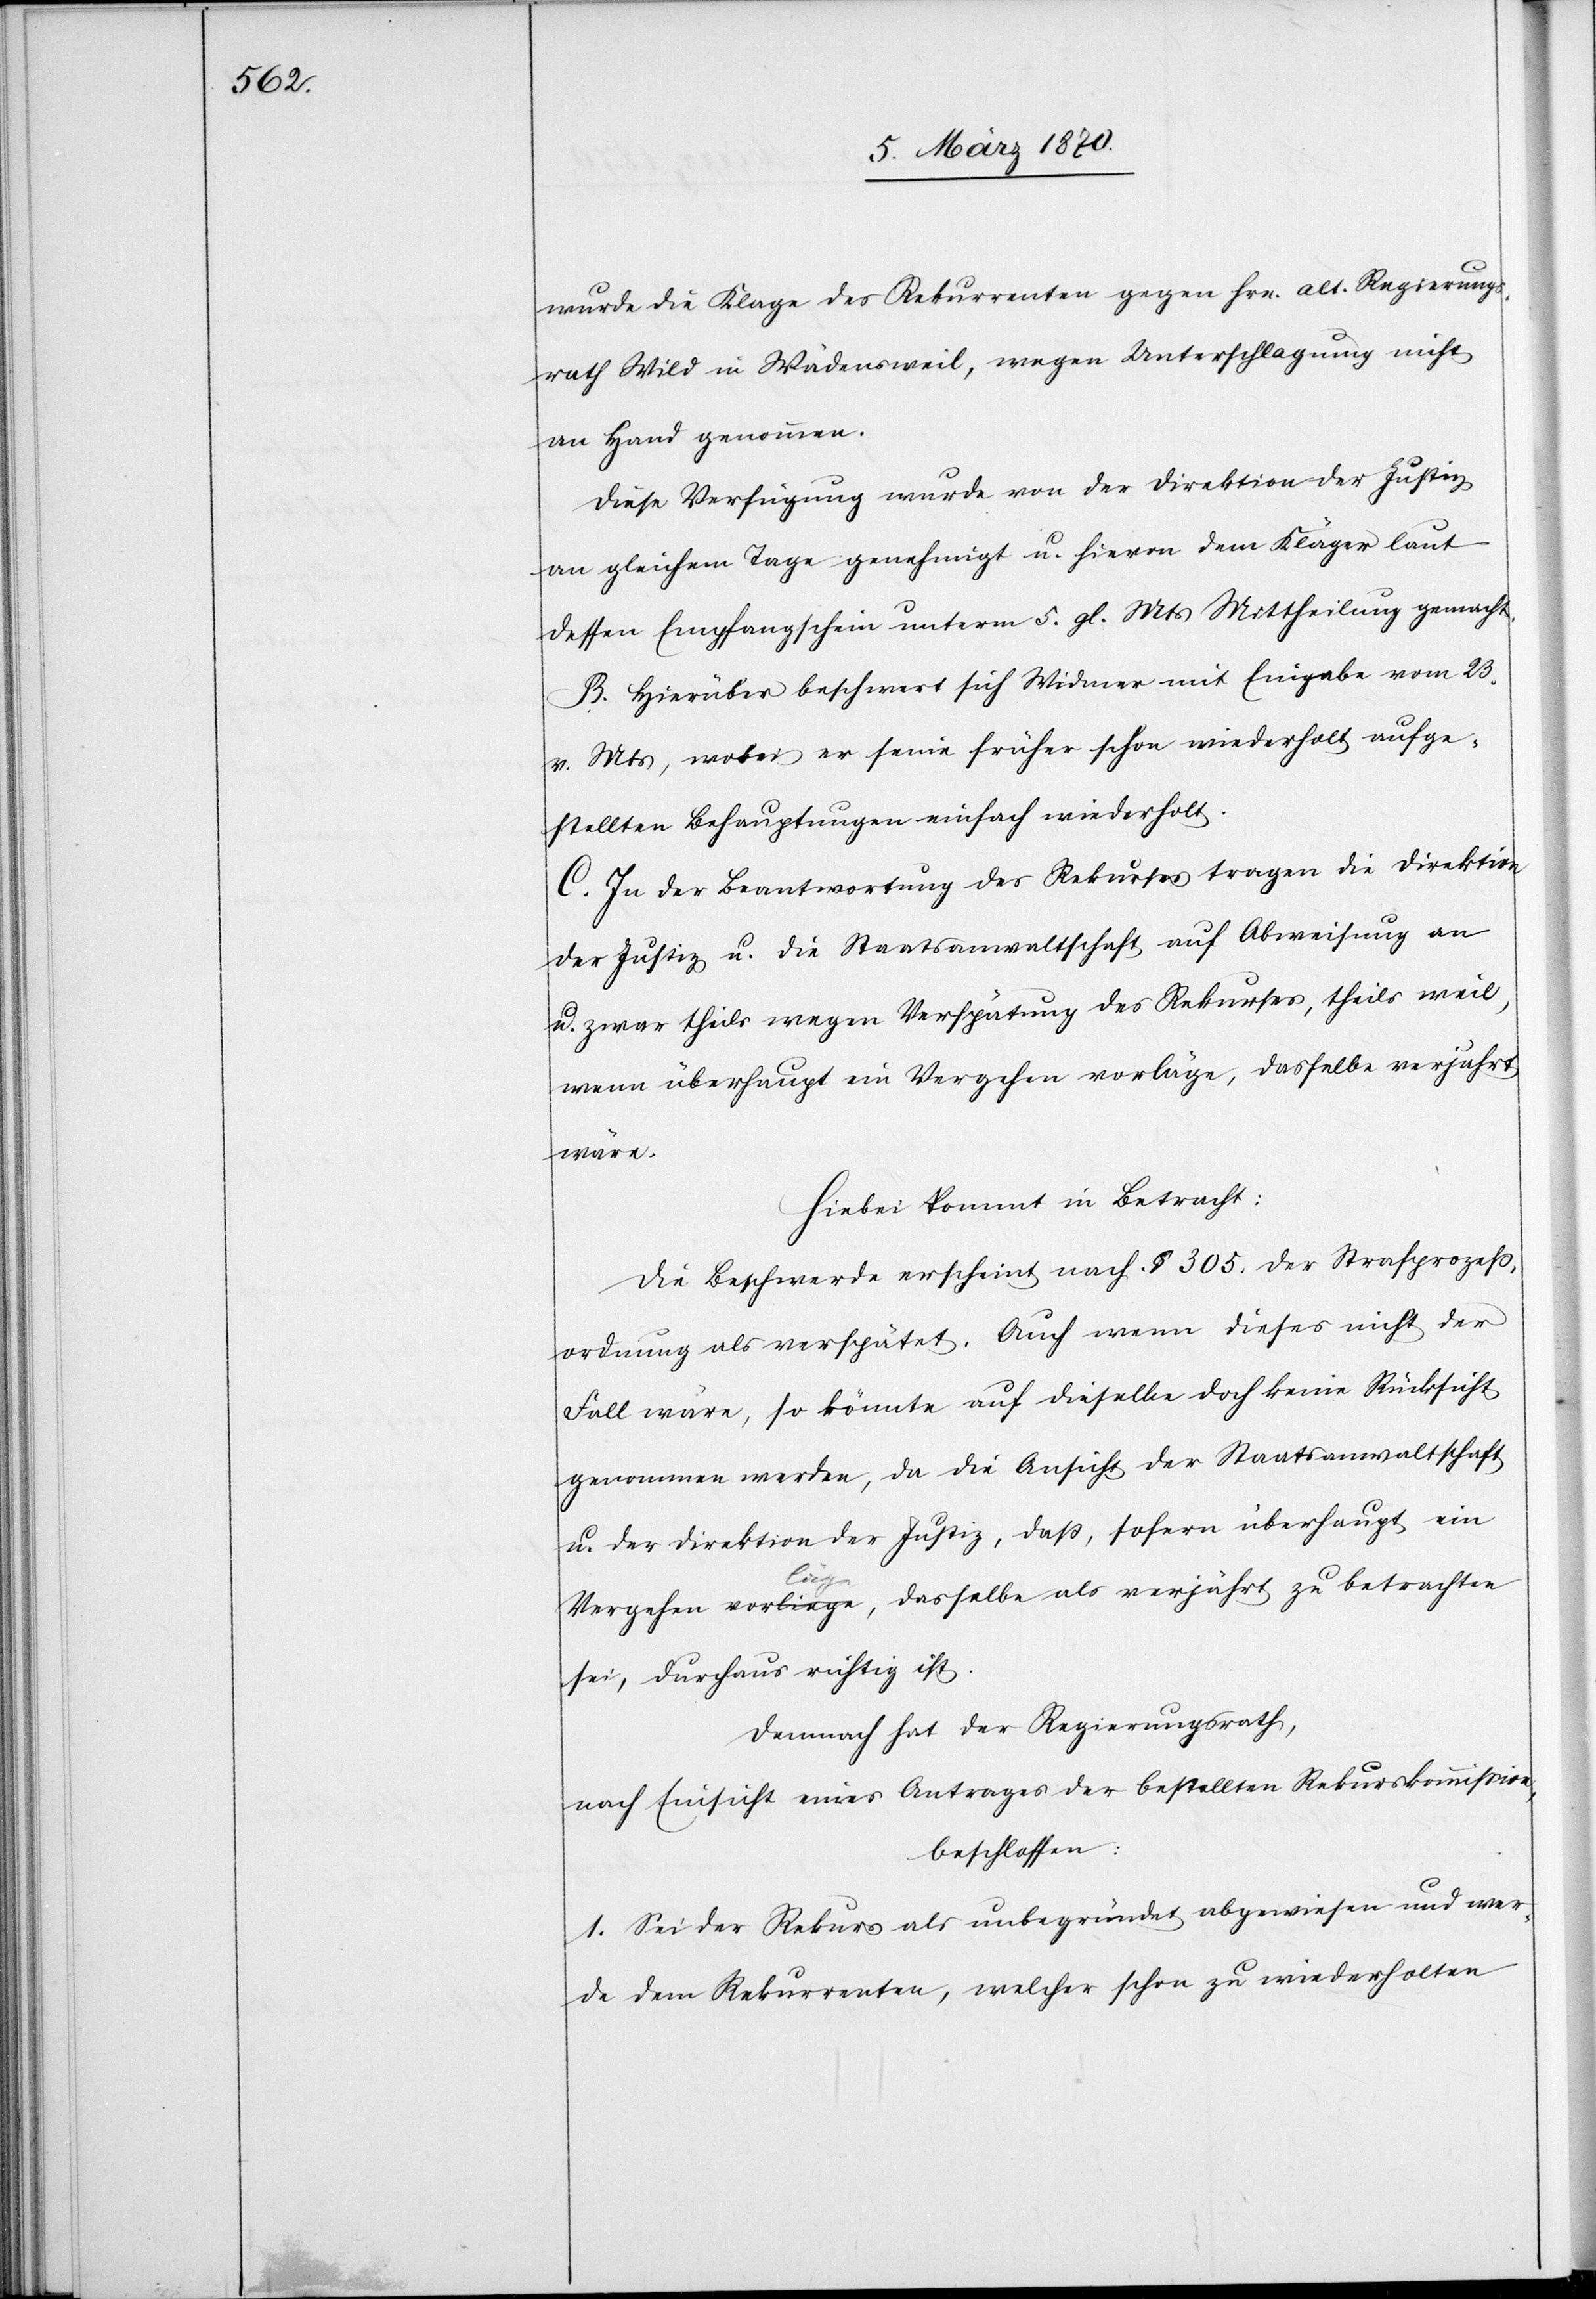
wurde die Klage des Rekurrenten gegen Hrn. alt-Regierungs¬
rath Wild in Wädensweil, wegen Unterschlagung nicht
an Hand genommen.
Diese Verfügung wurde von der Direktion der Justiz
an gleichem Tage genehmigt u. hievon dem Kläger laut
dessen Empfangschein unterm 5. gl. Mts Mittheilung gemacht.
B. Hierüber beschwert sich Widmer mit Eingabe vom 23.
v. Mts, wobei er seine früher schon wiederholt aufge¬
stellten Behauptungen einfach wiederholt.
C. In der Beantwortung des Rekurses tragen die Direktion
der Justiz u. die Staatsanwaltschaft auf Abweisung an
u. zwar theils wegen Verspätung des Rekurses, theils weil,
wenn überhaupt ein Vergehen vorläge, dasselbe verjährt
wäre.
Hiebei kommt in Betracht:
Die Beschwerde erscheint nach § 305. der Strafprozeß¬
ordnung als verspätet. Auch wenn dieses nicht der
Fall wäre, so könnte auf dieselbe doch keine Rücksicht
genommen werden, da die Ansicht der Staatsanwaltschaft
u. der Direktion der Justiz, daß, sofern überhaupt ein
Vergehen vora-liegeläge-a, dasselbe als verjährt zu betrachten
sei, durchaus richtig ist.
Demnach hat der Regierungsrath,
nach Einsicht eines Antrages der bestellten Rekurskommission,
beschlossen:
1. Sei der Rekurs als unbegründet abgewiesen und wer¬
de dem Rekurrenten, welcher schon zu wiederholten